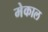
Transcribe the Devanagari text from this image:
मेकाल